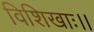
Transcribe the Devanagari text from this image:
विशिखाः।।